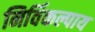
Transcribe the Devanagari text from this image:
निर्विकल्पाय